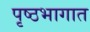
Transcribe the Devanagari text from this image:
पृष्ठभागात